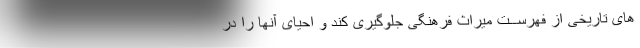
های تاریخی از فهرســت میراث فرهنگی جلوگیری کند و احیای آنها را در